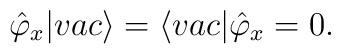
\hat\varphi _x |vac\rangle  = \langle vac|\hat\varphi _x = 0.